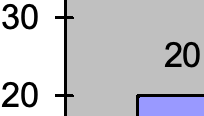
30 20 20